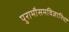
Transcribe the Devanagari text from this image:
पुरामौसमविज्ञानियों